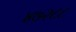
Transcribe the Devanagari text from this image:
४७२८८